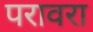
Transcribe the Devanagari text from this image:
परावरा